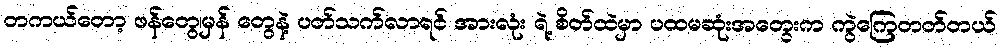
တကယ်တော့ ဖန်တွေ၊မှန် တွေနဲ့ ပတ်သက်လာရင် အားလုံး ရဲ့ စိတ်ထဲမှာ ပထမဆုံးအတွေးက ကွဲကြေတတ်တယ်